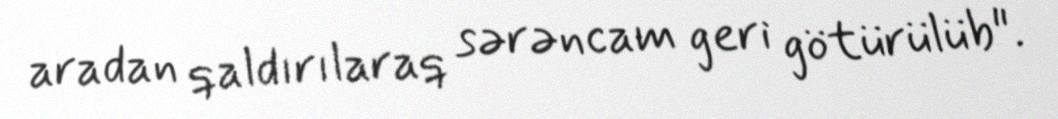
aradan qaldırılaraq sərəncam geri götürülüb".